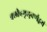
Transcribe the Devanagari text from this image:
क्लीबमृऌवर्णद्वयं